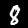
Label: 8